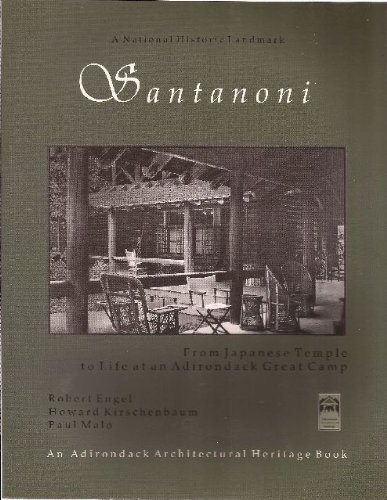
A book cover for Santanoni: From Japanese Temple to Life at Adirondack Great Camp; Robert Engel; Biographies & Memoirs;